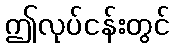
ဤလုပ်ငန်းတွင်